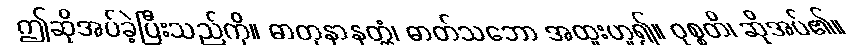
ဤဆိုအပ်ခဲ့ပြီးသည်ကို။ ဓာတုနာနတ္တံ၊ ဓာတ်သဘော အထူးဟူ၍။ ဝုစ္စတိ၊ ဆိုအပ်၏။